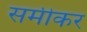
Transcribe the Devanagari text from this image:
समीकर